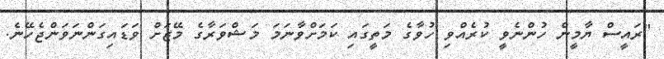
"ރައީސް ޔާމީން ހުންނެވީ ކުރެއްވި ހުވާގެ މަތީގައި ކަމަށްވާނަމަ މަޝްވަރާގެ މޭޒަށް ވަޑައިގަންނަވަންޖެހޭނެ.